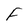
Character: F